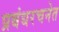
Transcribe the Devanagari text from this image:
प्रबंधरचनेत